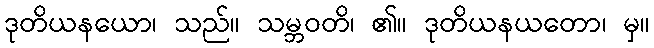
ဒုတိယနယော၊ သည်။ သမ္ဘဝတိ၊ ၏။ ဒုတိယနယတော၊ မှ။